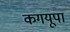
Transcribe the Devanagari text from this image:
कगयूपा